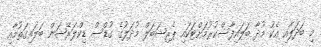
މި ބަދަލާއި އެކު މުދާ ބަލައިފާސްކުރުމަށްޓަކައި ޕެރިޝަބަލް މުދަލުގެ ގުޑްސް ޑިކްލަރޭޝަން ބަލައިގަތުމާއި